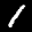
Label: 1